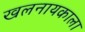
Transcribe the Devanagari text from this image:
खलनायकाला